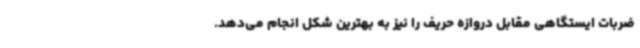
ضربات ایستگاهی مقابل دروازه حریف را نیز به بهترین شکل انجام می‌دهد.